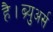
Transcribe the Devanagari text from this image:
है।ब्र्युअर्स